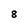
Character: 8